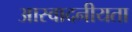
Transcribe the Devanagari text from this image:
आस्वादनीयता